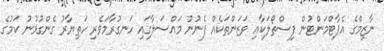
ނާޒިމްގެ އެޕާޓްމަންޓުން ފިސްތޯލަކާއި ވަޒަންތަކެއް ފެނުނު މައްސަލާގައި ހަނގުރާމަވެރި ހަތިޔާރު ގެންގުޅުނު ކަމުގެ